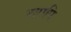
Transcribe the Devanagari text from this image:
स्रगपि